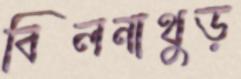
বিলনাথুড়